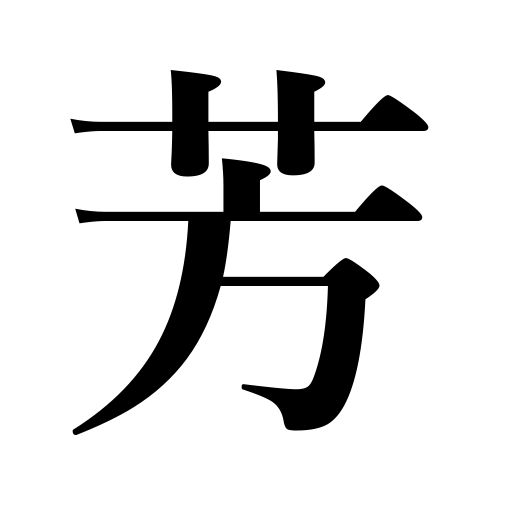
Meanings: balmy,fragrant,favorable,fragrance